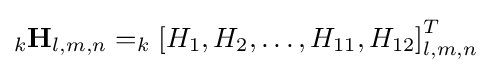
_{k}\mathbf {H} _{l,m,n}=_{k}\left[H_{1},H_{2},\ldots ,H_{11},H_{12}\right]_{l,m,n}^{T}